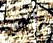
والحق